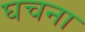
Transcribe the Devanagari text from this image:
घचना